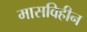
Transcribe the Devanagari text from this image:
मासविहीन